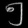
Digit: ၅